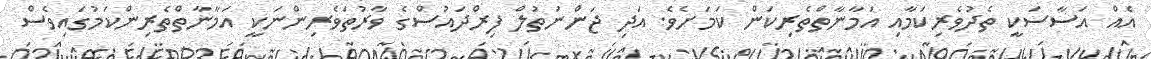
އެއް އަސާސަކީ ތެދުވެރިކަމާއި އަމާނާތްތެރިކަން ކަމަށެވެ. އަދި ޖަންނަތުލް ފިރްދައުސްގެ ވާރުތަވެރިންނަކީ އަމާނާތްތެރިންކަމުގައިވެސް